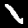
Digit: 1